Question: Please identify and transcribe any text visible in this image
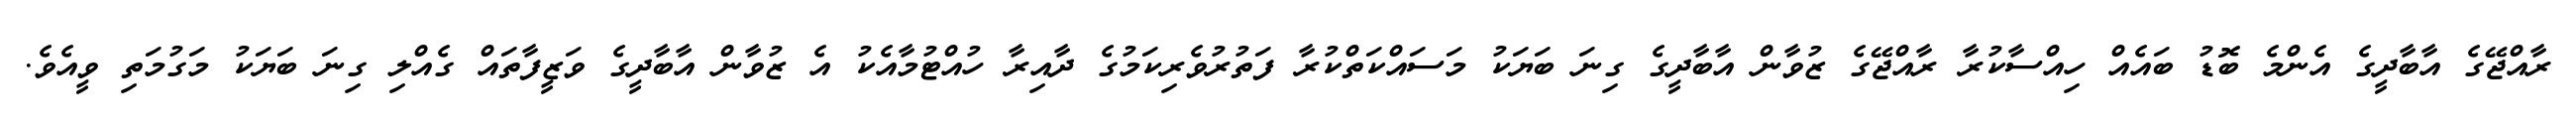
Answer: ރާއްޖޭގެ އާބާދީގެ އެންމެ ބޮޑު ބައެއް ހިއްސާކުރާ ރާއްޖޭގެ ޒުވާން އާބާދީގެ ގިނަ ބަޔަކު މަސައްކަތްކުރާ ފަތުރުވެރިކަމުގެ ދާއިރާ ހުއްޓުމާއެކު އެ ޒުވާން އާބާދީގެ ވަޒީފާތައް ގެއްލި ގިނަ ބަޔަކު މަގުމަތި ވީއެވެ.